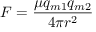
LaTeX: F = { \frac { \mu q _ { m 1 } q _ { m 2 } } { 4 \pi r ^ { 2 } } }